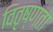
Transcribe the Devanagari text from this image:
वितृष्णता